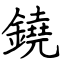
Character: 鐃